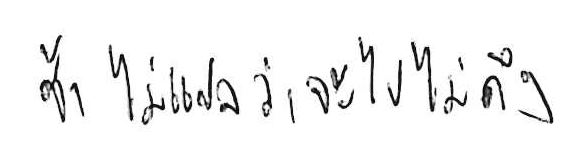
ช้า ไม่ได้แปลว่า จะไปไม่ถึง